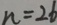
n = 2 6